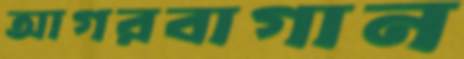
আগরবাগান